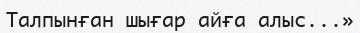
Талпынған шығар айға алыс...»